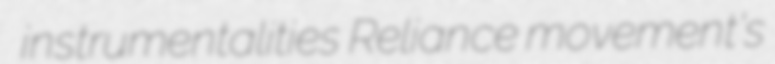
instrumentalities Reliance movement's